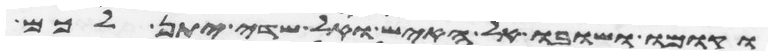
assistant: וקומו ושובו אל האיש ואל שדי יתן לכם